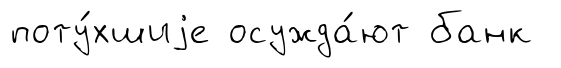
поту́хшиjе осужда́ют банк